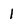
Character: 1